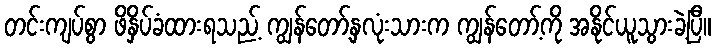
တင်းကျပ်စွာ ဖိနှိပ်ခံထားရသည့် ကျွန်တော့်နှလုံးသားက ကျွန်တော့်ကို အနိုင်ယူသွားခဲ့ပြီ။